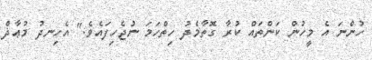
ހުންނަ އެ މީހުން ކަންތައް ކުރާ ގޮތާމެދު ހިތްހަމަ ނުޖެހިފައެވެ.'' އެހިނދު މުޢާޛް